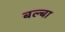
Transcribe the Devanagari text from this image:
बल्बा